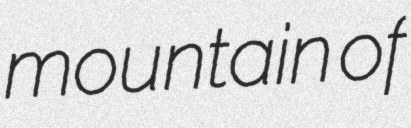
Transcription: mountain of